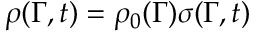
\rho ( \Gamma , t ) = \rho _ { 0 } ( \Gamma ) \sigma ( \Gamma , t )